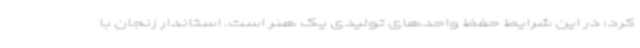
کرد: در این شرایط حفظ واحدهای تولیدی یک هنر است. استاندار زنجان با